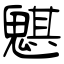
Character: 魌